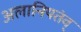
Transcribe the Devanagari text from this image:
अलानियतंव्